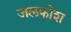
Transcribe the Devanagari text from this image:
जलकोश